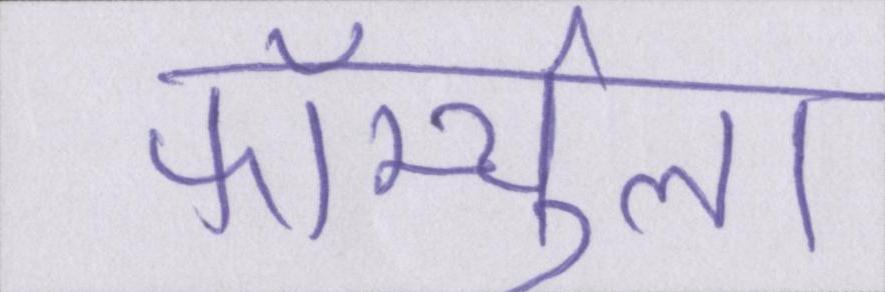
फॉर्म्युला